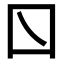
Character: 𡆡